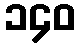
၁၄၀